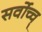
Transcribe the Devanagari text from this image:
सर्वोच्च्